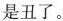
是丑了。